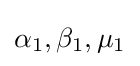
\alpha _{1},\beta _{1},\mu _{1}